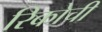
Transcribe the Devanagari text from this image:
रिकोची